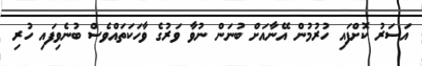
އަސަރު ކޮށްފައި ހުރުމުން އޭނާއަށް ބުނަން ނުވާ ވަރުގެ ވާހަކަތައްވެސް ބުނެވިފައި ހުރި